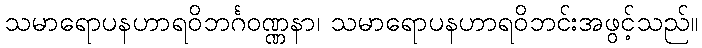
သမာရောပနဟာရဝိဘင်္ဂဝဏ္ဏနာ၊ သမာရောပနဟာရဝိဘင်းအဖွင့်သည်။